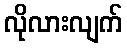
လိုလားလျက်